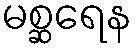
မစ္ဆရေန